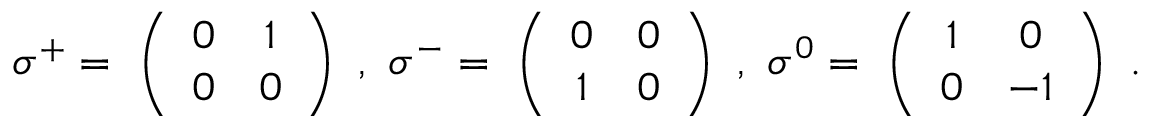
\sigma ^ { + } = \ \left( \begin{array} { c c } { { 0 } } & { { 1 } } \\ { { 0 } } & { { 0 } } \end{array} \right) \ , \ \sigma ^ { - } = \ \left( \begin{array} { c c } { { 0 } } & { { 0 } } \\ { { 1 } } & { { 0 } } \end{array} \right) \ , \ \sigma ^ { 0 } = \ \left( \begin{array} { c c } { { 1 } } & { { 0 } } \\ { { 0 } } & { { - 1 } } \end{array} \right) \ .